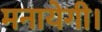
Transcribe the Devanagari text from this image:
मनायेगी।